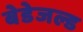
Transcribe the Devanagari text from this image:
बेडेजल्ड